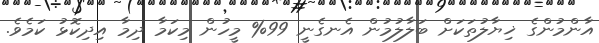
އާންމުންގެ ޚިޔާލުތަކަށް ބަލާލުމުން އެނގެނީ 99% މީހުން މިކަމާ ދިމާ އިދިކޮޅު ކަމެވެ.